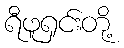
ရီဖူရှင်းတို့